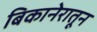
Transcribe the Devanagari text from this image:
बिकानेरातून